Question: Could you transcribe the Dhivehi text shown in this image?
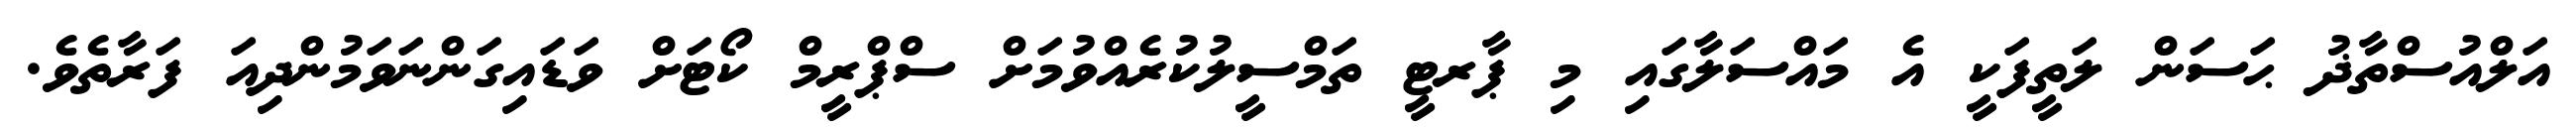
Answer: އަލްއުސްތާޛު ޙަސަން ލަތީފަކީ އެ މައްސަލާގައި މި ޕާރޓީ ތަމްސީލުކުރެއްވުމަށް ސްޕްރީމް ކޯޓަށް ވަޑައިގަންނަވަމުންދިއަ ފަރާތެވެ.